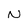
Character: N